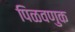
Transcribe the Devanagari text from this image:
पिळवणुक